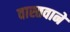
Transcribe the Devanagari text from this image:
वास्तवाने